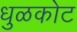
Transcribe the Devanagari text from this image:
धुळकोट